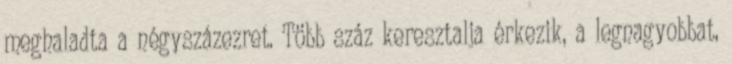
meghaladta a négyszázezret. Több száz keresztalja érkezik, a legnagyobbat,